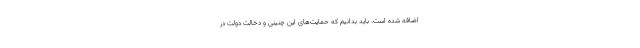
اضافه شده است. باید بدانیم که حمایت‌های این چنینی و دخالت دولت در